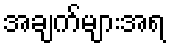
အချက်များအရ